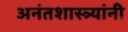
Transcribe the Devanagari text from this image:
अनंतशास्त्र्यांनी